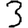
Digit: 3